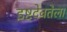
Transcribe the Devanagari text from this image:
इष्टदेवतेला